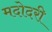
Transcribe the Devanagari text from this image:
मदोदरी